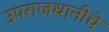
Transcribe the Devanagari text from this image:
उपराजधानीचे